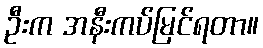
ဦးက အနီးကပ်မြင်ရတာ။